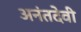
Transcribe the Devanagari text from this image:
अनंतदेवी